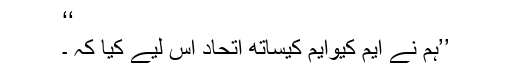
‘‘
’’ہم نے ایم کیوایم کیساتھ اتحاد اس لیے کیا کہ ۔